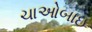
ચાઓબાઇ